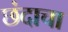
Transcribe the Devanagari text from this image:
छंदाचा